Plague in India, 1896, 1897 - Volume 1
Year: 1896
Disease focus: Plague
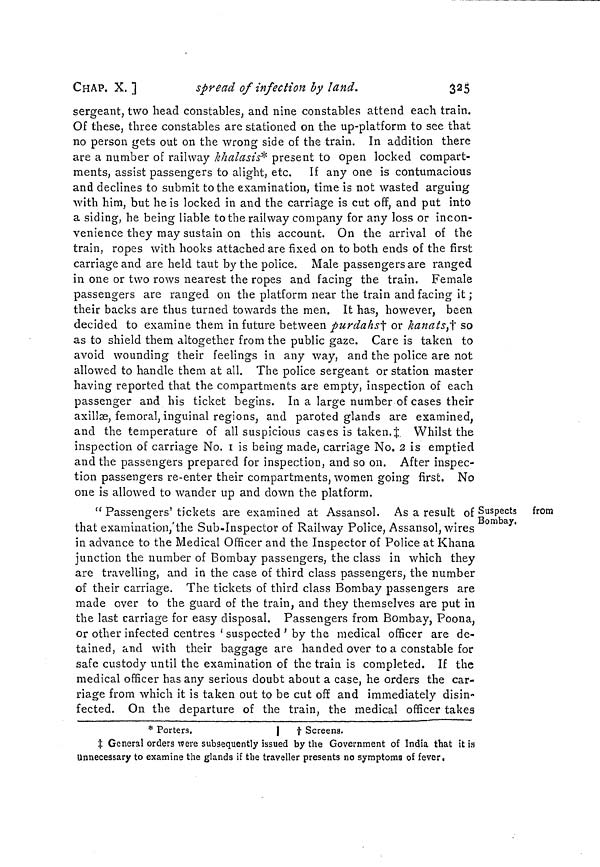
CHAP. X. ]
spread of infection by land.
325
sergeant, two head constables, and nine constables attend each train.
Of these, three constables are stationed on the up-platform to see that
no person gets out on the wrong side of the train. In addition there
are a number of railway khalasis* present to open locked compart-
ments, assist passengers to alight, etc. If any one is contumacious
and declines to submit to the examination, time is not wasted arguing
with him, but he is locked in and the carriage is cut off, and put into
a siding, he being liable to the railway company for any loss or incon-
venience they may sustain on this account. On the arrival of the
train, ropes with hooks attached are fixed on to both ends of the first
carriage and are held taut by the police. Male passengers are ranged
in one or two rows nearest the ropes and facing the train. Female
passengers are ranged on the platform near the train and facing it ;
their backs are thus turned towards the men. It has, however, been
decided to examine them in future between purdahs† or kanats,† so
as to shield them altogether from the public gaze. Care is taken to
avoid wounding their feelings in any way, and the police are not
allowed to handle them at all. The police sergeant or station master
having reported that the compartments are empty, inspection of each
passenger and his ticket begins. In a large number of cases their
axillæ, femoral, inguinal regions, and paroted glands are examined,
and the temperature of all suspicious cases is taken.‡ Whilst the
inspection of carriage No. 1 is being made, carriage No. 2 is emptied
and the passengers prepared for inspection, and so on. After inspec-
tion passengers re-enter their compartments, women going first. No
one is allowed to wander up and down the platform.
Suspects
from
Bombay.
" Passengers' tickets are examined at Assansol. As a result of
that examination, the Sub-Inspector of Railway Police, Assansol, wires
in advance to the Medical Officer and the Inspector of Police at Khana
junction the number of Bombay passengers, the class in which they
are travelling, and in the case of third class passengers, the number
of their carriage. The tickets of third class Bombay passengers are
made over to the guard of the train, and they themselves are put in
the last carriage for easy disposal. Passengers from Bombay, Poona,
or other infected centres ' suspected ' by the medical officer are de-
tained, and with their baggage are handed over to a constable for
safe custody until the examination of the train is completed. If the
medical officer has any serious doubt about a case, he orders the car-
riage from which it is taken out to be cut off and immediately disin-
fected. On the departure of the train, the medical officer takes
* Porters.
† Screens.
‡ General orders were subsequently issued by the Government of India that it is
Unnecessary to examine the glands if the traveller presents no symptoms of fever.